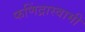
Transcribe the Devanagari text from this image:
फणिंद्रास्वामी